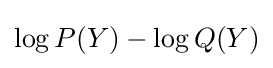
\log P(Y)-\log Q(Y)